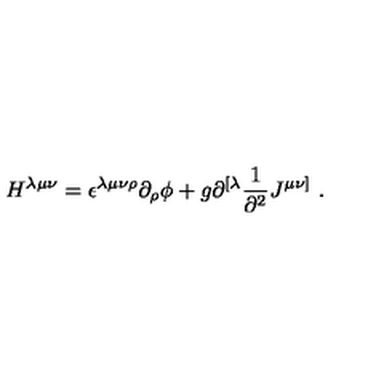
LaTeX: H ^ { \lambda \mu \nu } = \epsilon ^ { \lambda \mu \nu \rho } \partial _ { \rho } \phi + g \partial ^ { [ \lambda } { \frac { 1 } { \partial ^ { 2 } } } J ^ { \mu \nu ] } \ .